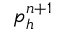
p _ { h } ^ { n + 1 }